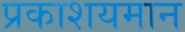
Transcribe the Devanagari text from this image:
प्रकाशयमान